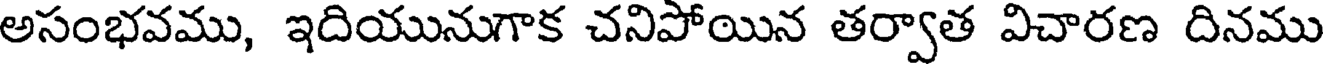
అసంభవము, ఇదియునుగాక చనిపోయిన తర్వాత విచారణ దినము